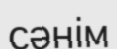
сәнім